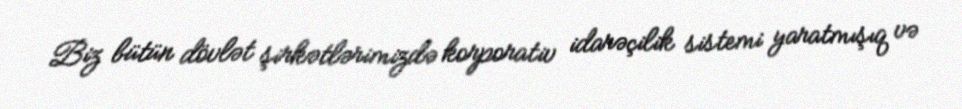
Biz bütün dövlət şirkətlərimizdə korporativ idarəçilik sistemi yaratmışıq və